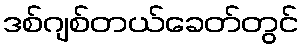
ဒစ်ဂျစ်တယ်ခေတ်တွင်